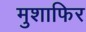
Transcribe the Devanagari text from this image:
मुशाफिर